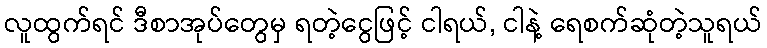
လူထွက်ရင် ဒီစာအုပ်တွေမှ ရတဲ့ငွေဖြင့် ငါရယ်, ငါနဲ့ ရေစက်ဆုံတဲ့သူရယ်